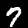
Label: 7